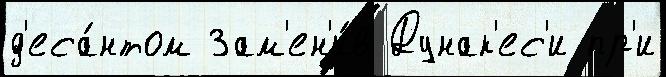
д'еса́нтом Зам'ен'и́в Дунак'ес'и пр'и